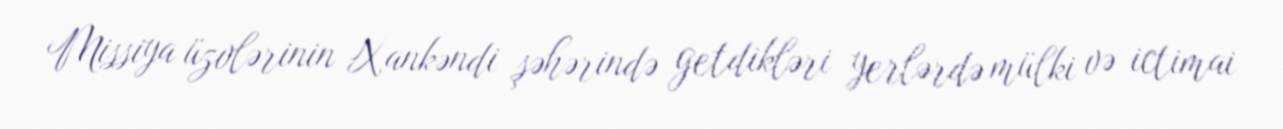
Missiya üzvlərinin Xankəndi şəhərində getdikləri yerlərdə mülki və ictimai